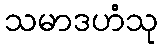
သမာဒဟံသု